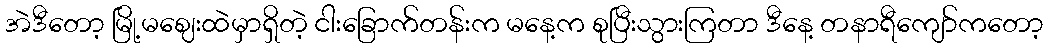
အဲဒီတော့ မြို့မဈေးထဲမှာရှိတဲ့ ငါးခြောက်တန်းက မနေ့က စုပြီးသွားကြတာ ဒီနေ့ တနာရီကျော်ကတော့